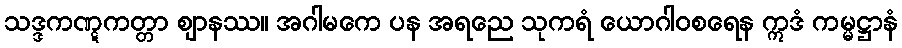
သဒ္ဒကဏ္ဋကတ္တာ ဈာနဿ။ အဂါမကေ ပန အရညေ သုကရံ ယောဂါဝစရေန ဣဒံ ကမ္မဋ္ဌာနံ